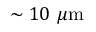
\sim 1 0 ~ \mu \mathrm { m }